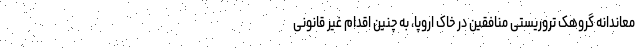
معاندانه گروهک تروریستی منافقین در خاک اروپا، به چنین اقدام غیر قانونی